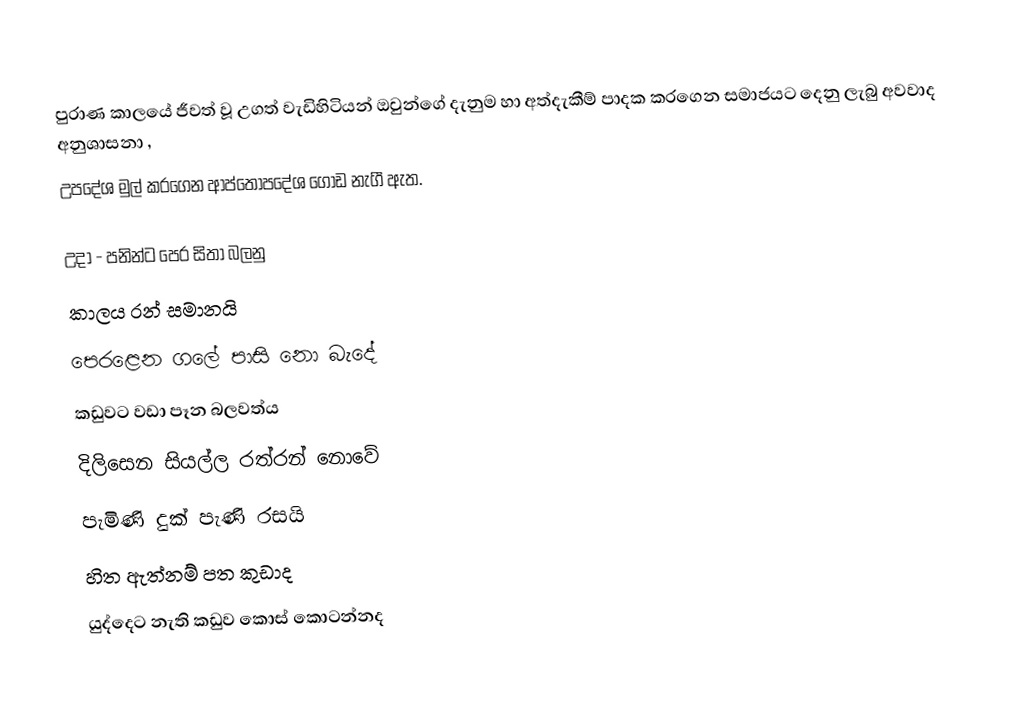
පුරාණ කාලයේ ජීවත් වූ උගත් වැඩිහිටියන් ඔවුන්ගේ දැනුම හා අත්දැකීම් පාදක කරගෙන සමාජයට දෙනු ලැබු අවවාද අනුශාසනා ,
උපදේශ මුල් කරගෙන ආප්තෝපදේශ ගොඩ නැගී ඇත.

උදා - පනින්ට පෙර සිතා බලනු
කාලය රන් සමානයි
 පෙරළෙන ගලේ පාසි නො බැදේ
 කඩුවට වඩා පෑන බලවත්ය
 දිලිසෙන සියල්ල රත්රන් නොවේ
 පැමිණි දුක් පැණි රසයි
 හිත ඇත්නම් පත කුඩාද
 යුද්දෙට නැති කඩුව කොස් කොටන්නද